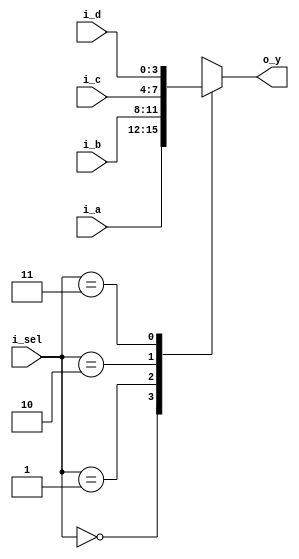
module mux_4x1(
        input [3:0] i_a, i_b, i_c, i_d,
        input [1:0]i_sel,
        output [3:0] o_y
    );

    reg[3:0] r_y;
    assign o_y = r_y;

    always @(*) begin
        case (i_sel)
            2'b00 : r_y <= i_a;
            2'b01 : r_y <= i_b;
            2'b10 : r_y <= i_c;
            2'b11 : r_y <= i_d;
        endcase
    end
endmodule